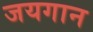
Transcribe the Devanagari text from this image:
जयगान